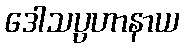
ဒေါသပ္ပဟာနာယ